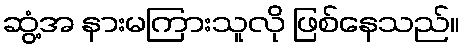
ဆွံ့အ နားမကြားသူလို ဖြစ်နေသည်။